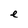
Character: e